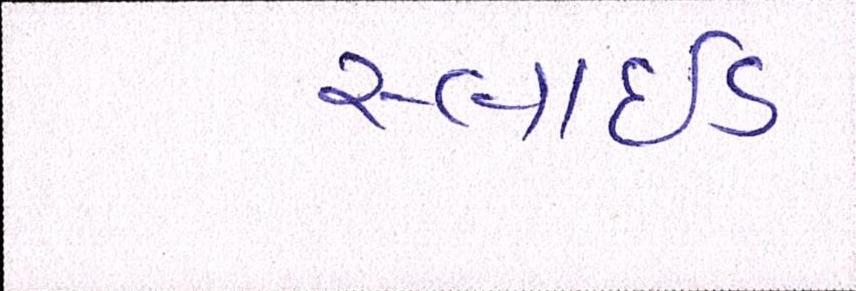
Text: સ્લાઇડ